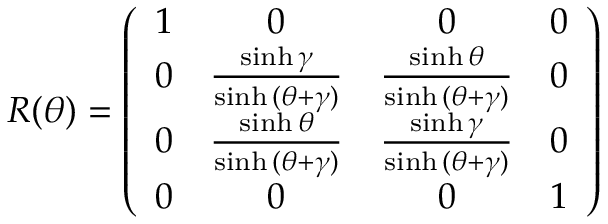
R ( \theta ) = \left( \begin{array} { c c c c } { { 1 } } & { { 0 } } & { { 0 } } & { { 0 } } \\ { { 0 } } & { { \frac { \sinh { \gamma } } { \sinh { ( \theta + \gamma ) } } } } & { { \frac { \sinh { \theta } } { \sinh { ( \theta + \gamma ) } } } } & { { 0 } } \\ { { 0 } } & { { \frac { \sinh { \theta } } { \sinh { ( \theta + \gamma ) } } } } & { { \frac { \sinh { \gamma } } { \sinh { ( \theta + \gamma ) } } } } & { { 0 } } \\ { { 0 } } & { { 0 } } & { { 0 } } & { { 1 } } \end{array} \right)